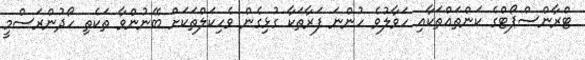
ޓްރާންސްޕޯޓްގެ ކަންތައްތަކާއި ހަވާލުވެ ހުންނަ ފަރާތަކާ ގުޅިގެން ވެހިކަލްތަކަށް ބޭނުންވާ ތަކެތި ހޯދުންރަސްމީ